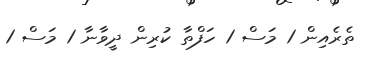
ތެރެއިން 1 މަސް 1 ހަފްތާ ކުރިން ދީވާނާ 1 މަސް 1